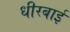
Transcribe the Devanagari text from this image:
धीरबाई